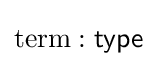
\mathrm {term} :{\mathsf {type}}